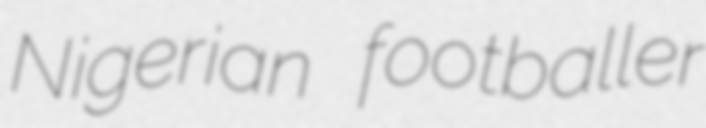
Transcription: Nigerian footballer